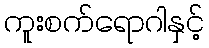
ကူးစက်ရောဂါနှင့်